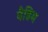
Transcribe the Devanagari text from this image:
वैडिम